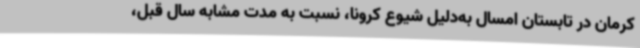
کرمان در تابستان امسال به‌دلیل شیوع کرونا، نسبت به مدت مشابه سال قبل،